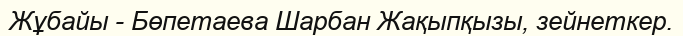
Жұбайы - Бөпетаева Шарбан Жақыпқызы, зейнеткер.